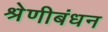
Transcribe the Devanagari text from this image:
श्रेणीबंधन